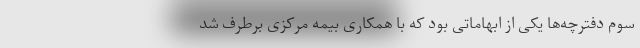
سوم دفترچه‌ها یکی از ابهاماتی بود که با همکاری بیمه مرکزی برطرف شد